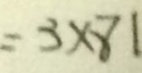
= 3 \times 8 1